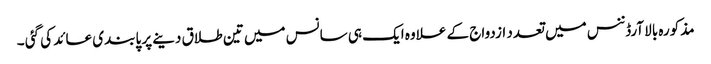
مذکورہ بالا آرڈننس میں تعدد ازدواج کے علاوہ ایک ہی سانس میں تین طلاق دینے پر پابندی عائد کی گئی ۔